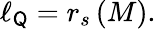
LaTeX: \ell_{{\sf Q}}=r_{s}\left(M\right).